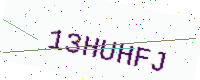
Text: 13HUHFJ